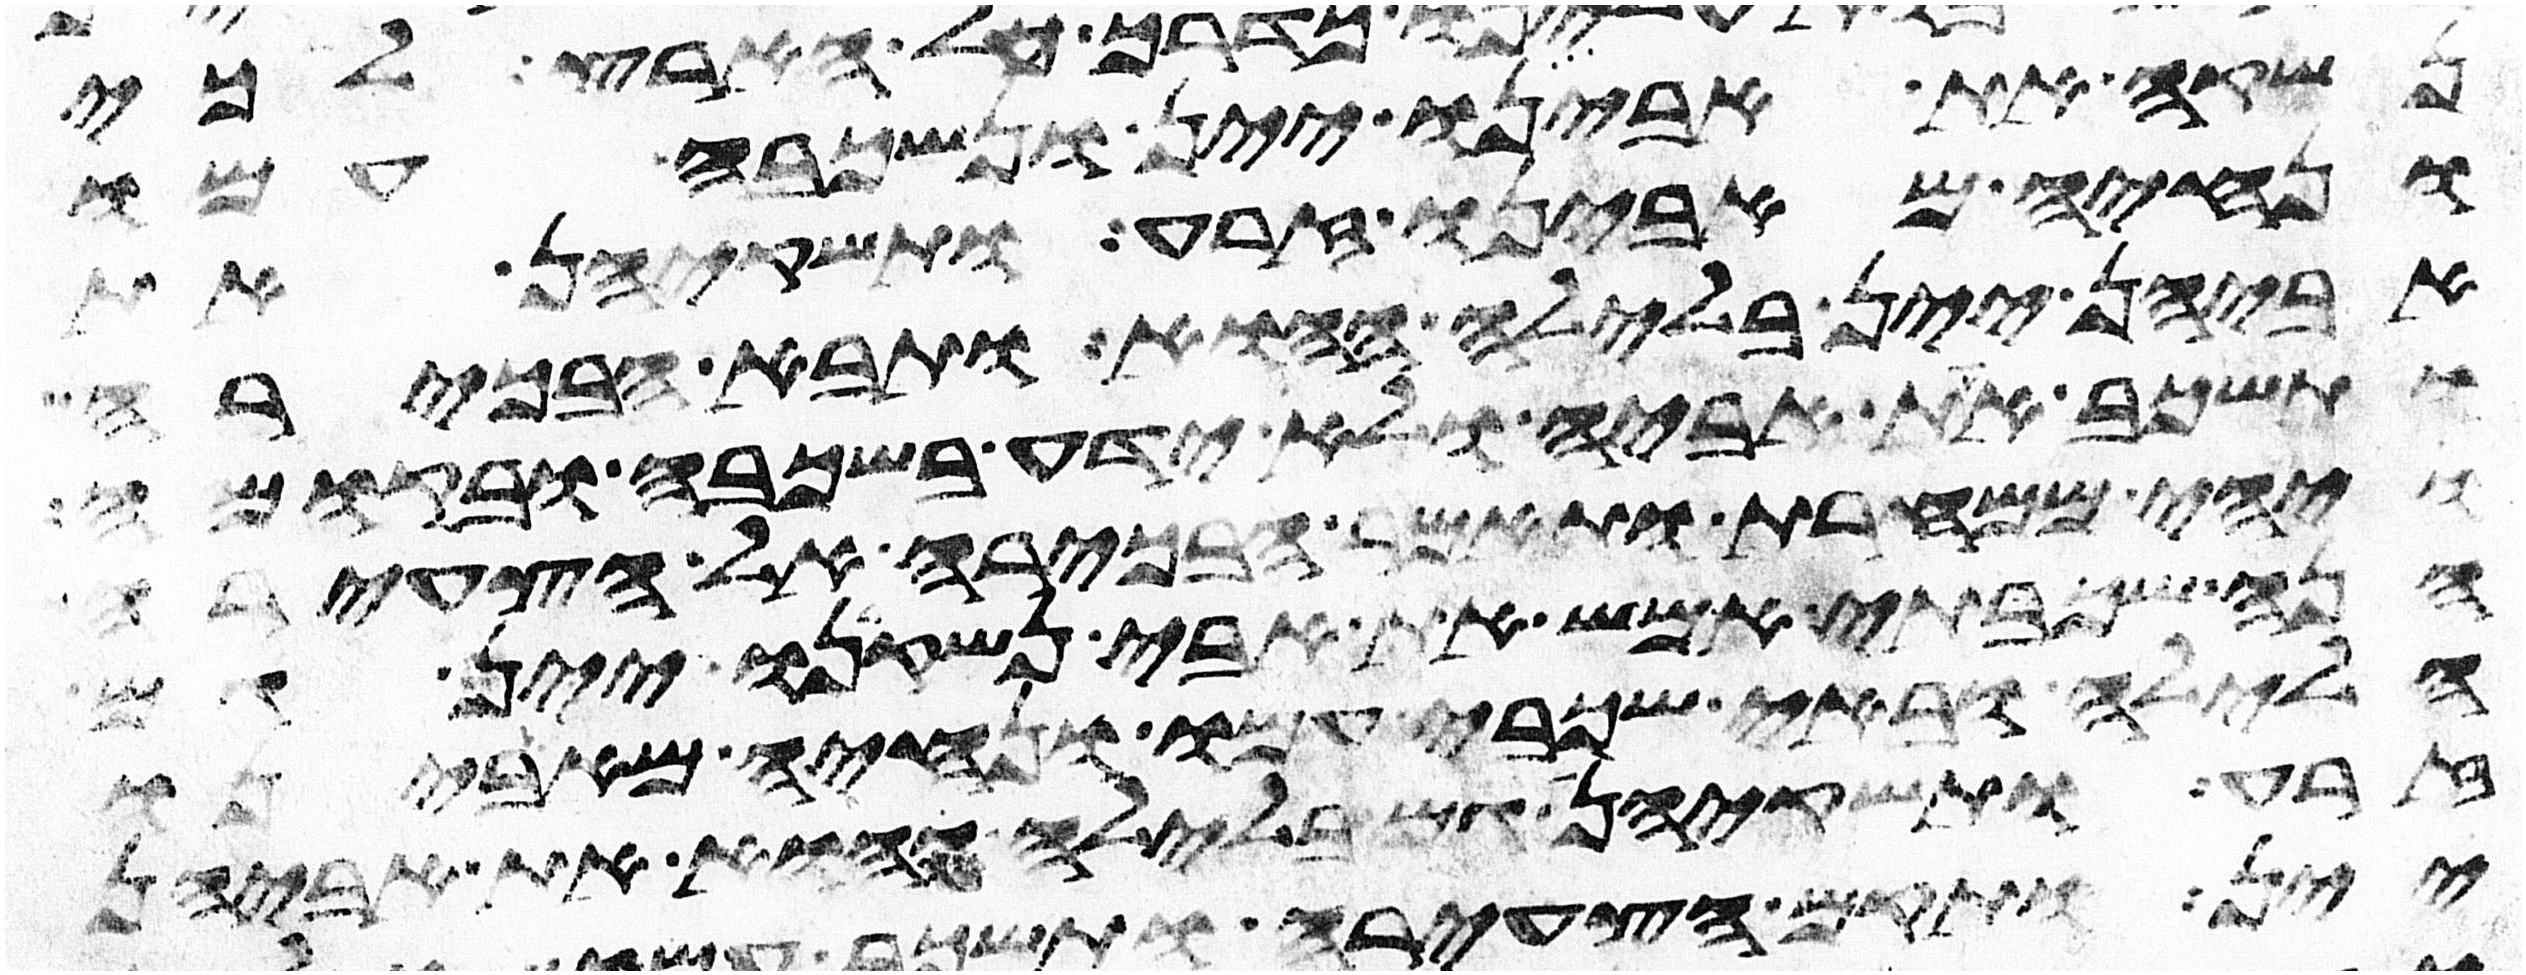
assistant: נשקה את אבינו יין ונשכבה עמו
ונחיה מאבינו זרע ותשקיהן את
אביהן יין בלילה ההוא ותבא הבכירה
ותשכב את אביה ולא ידע בשכבה ובקומה
ויהי ממחרת ותאמר הבכירה אל הצעירה
הנה שכבתי אמש את אבי נשקינו יין
הלילה ובאי שכבי עמו ונחיה מאבינו
זרע ותשקיהן גם בלילה ההוא את אביהן